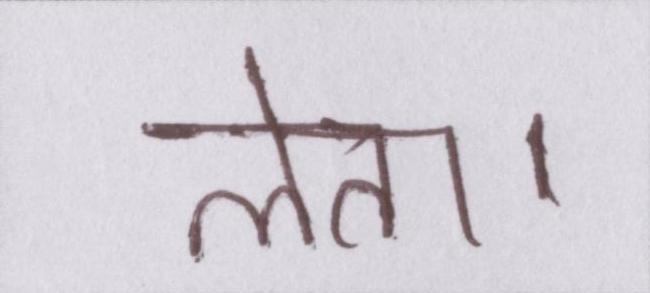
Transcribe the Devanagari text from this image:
लेता।